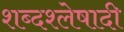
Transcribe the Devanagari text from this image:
शब्दश्लेषादी